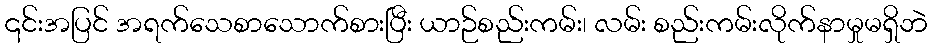
၎င်းအပြင် အရက်သေစာသောက်စားပြီး ယာဉ်စည်းကမ်း၊ လမ်း စည်းကမ်းလိုက်နာမှုမရှိဘဲ